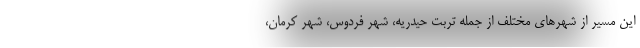
این مسیر از شهرهای مختلف از جمله تربت ‌حیدریه، شهر فردوس، شهر کرمان،